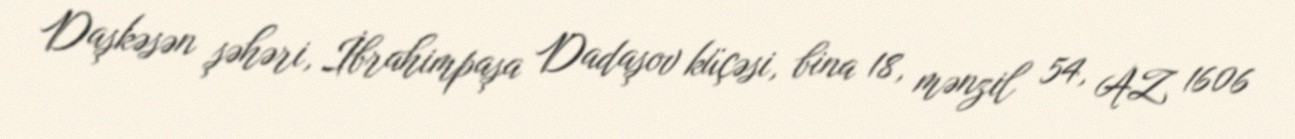
Daşkəsən şəhəri, İbrahimpaşa Dadaşov küçəsi, bina 18, mənzil 54, AZ 1606